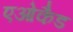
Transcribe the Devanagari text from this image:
एओकैड